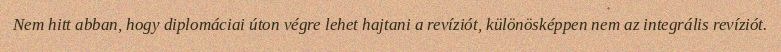
Nem hitt abban, hogy diplomáciai úton végre lehet hajtani a revíziót, különösképpen nem az integrális revíziót.